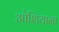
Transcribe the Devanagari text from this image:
ओशियाना